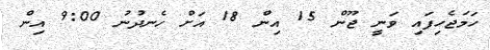
ހަމަޖެހިފައި ވަނީ ޖޫން 15 އިން 18 އަށް ހެނދުނު 9:00 އިން